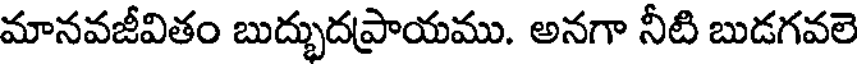
మానవజీవితం బుద్భుదప్రాయము. అనగా నీటి బుడగవలె